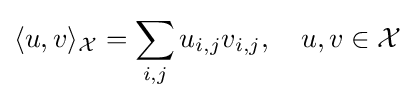
\langle u,v\rangle _{\mathcal {X}}=\sum _{i,j}u_{i,j}v_{i,j},\quad u,v\in {\mathcal {X}}